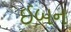
ઈબન